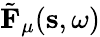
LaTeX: \tilde{\mathbf{F}}_{\mu}(\mathbf{s},\omega)